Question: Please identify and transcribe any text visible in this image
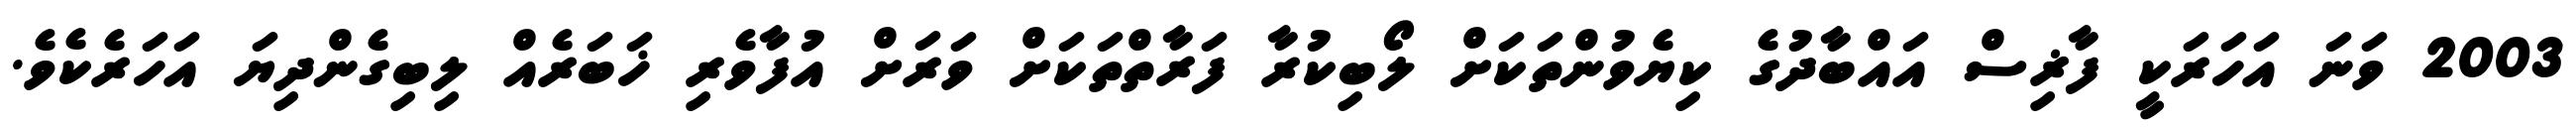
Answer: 2003 ވަނަ އަހަރަކީ ފާޜިސް އައްބާދުގެ ކިޔެވުންތަކަށް ލޯބިކުރާ ފަރާތްތަކަށް ވަރަށް އުފާވެރި ޚަބަރެއް ލިބިގެންދިޔަ އަހަރެކެވެ.